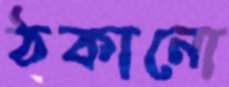
ঠকানো